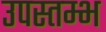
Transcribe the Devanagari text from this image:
उपस्तम्भ